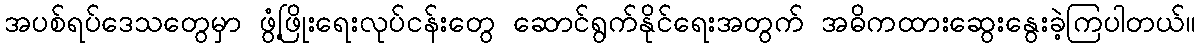
အပစ်ရပ်ဒေသတွေမှာ ဖွံ့ဖြိုးရေးလုပ်ငန်းတွေ ဆောင်ရွက်နိုင်ရေးအတွက် အဓိကထားဆွေးနွေးခဲ့ကြပါတယ်။